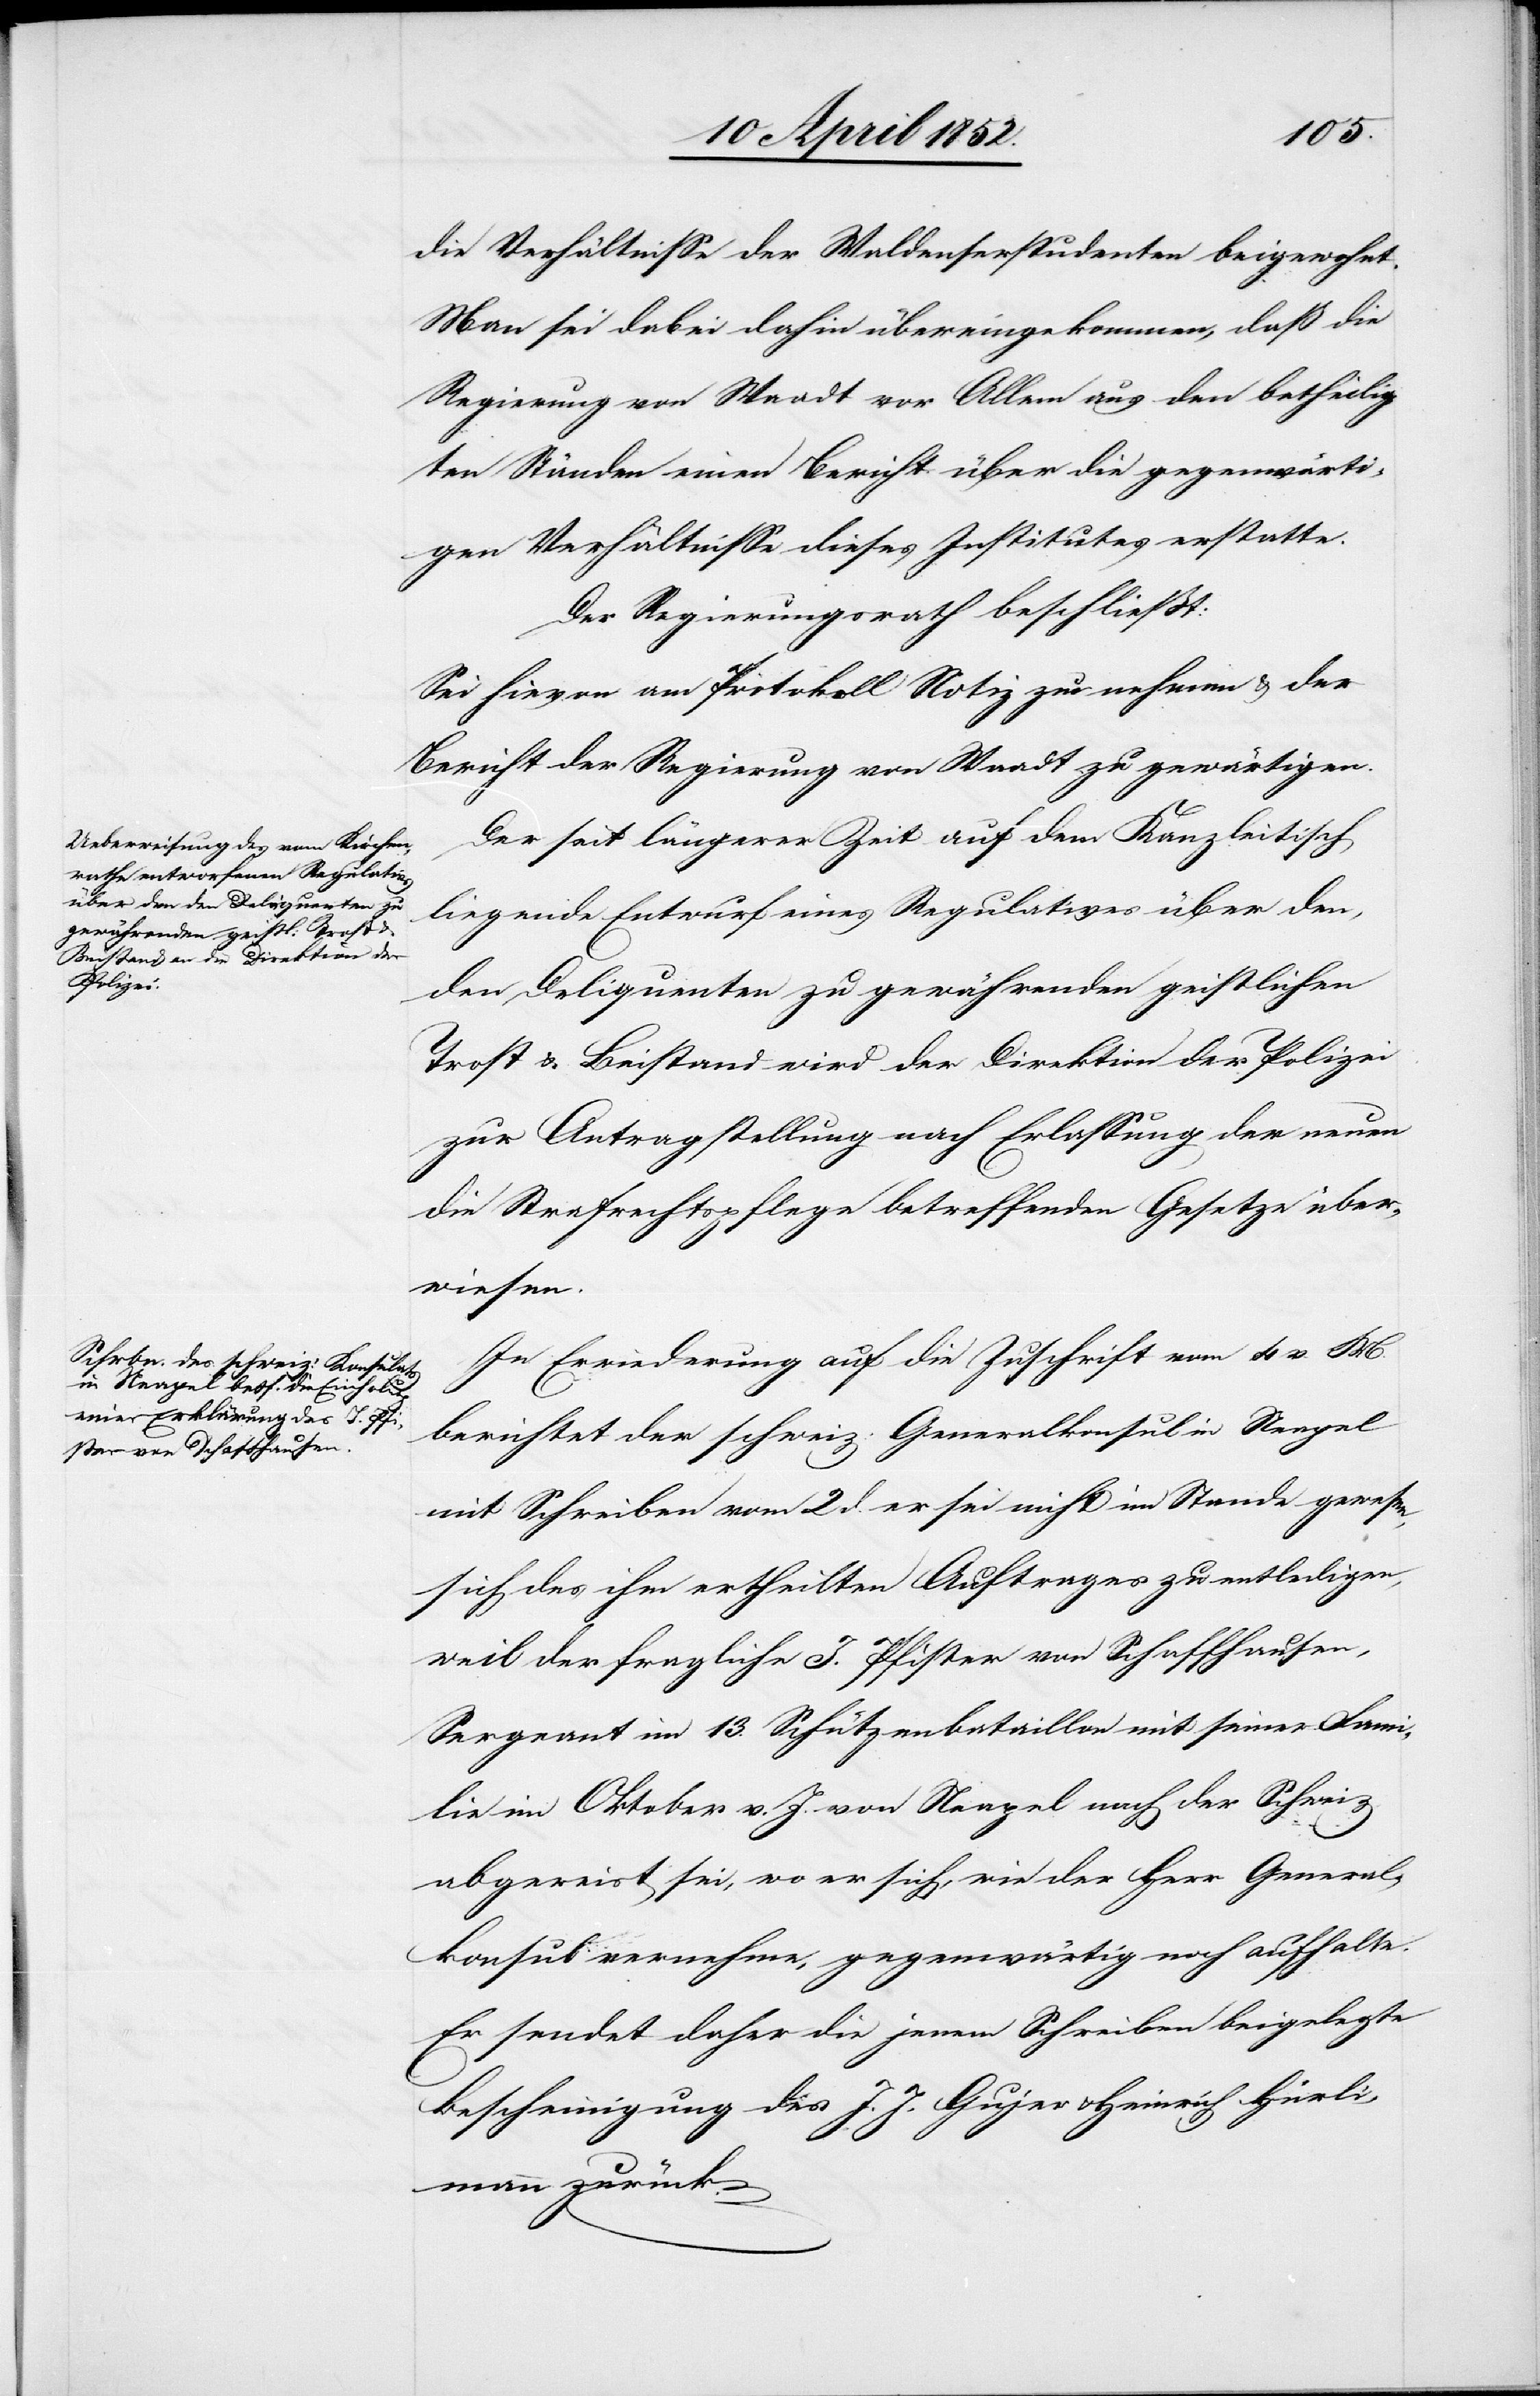
die Verhältnisse der Waldenserstudenten beigewohnt.
Man sei dabei dahin übereingekommen, daß die
Regierung von Waadt vor Allem aus den betheilig¬
ten Ständen einen Bericht über die gegenwärti¬
gen Verhältnisse dieses Institutes erstatte.
Der Regierungsrath beschliesst:
Sei hievon am Protokoll Notiz zu nehmen & der
Bericht der Regierung von Waadt zu gewärtigen.
Der seit längerer Zeit auf dem Kanzleitisch
liegende Entwurf eines Regulatives über den,
den Deli[n]quenten zu gewährenden geistlichen
Trost & Beistand wird der Direktion der Polizei
zur Antragstellung nach Erlassung der neuen
die Strafrechtspflege betreffenden Gesetze über¬
wiesen.
In Erwiederung auf die Zuschrift vom 4 v. M.
berichtet der schweiz: Generalkonsul in Neapel
mit Schreiben vom 2 d. er sei nicht im Stande gewesen,
sich des ihm ertheilten Auftrages zu entledigen,
weil der fragliche J. Pfister von Schaffhausen,
Sergeant im 13. Schützenbataillon mit seiner Fami¬
lie im Oktober v. J. von Neapel nach der Schweiz
abgereist sei, wo er sich, wie der Herr General¬
konsul vernehme, gegenwärtig noch aufhalte.
Er sendet daher die jenem Schreiben beigelegte
Bescheinigung des J. J. Gujer & Heinrich Hürli¬
mann zurück.